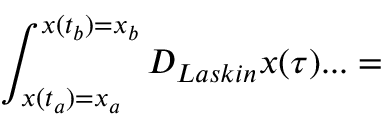
\int _ { x ( t _ { a } ) = x _ { a } } ^ { x ( t _ { b } ) = x _ { b } } { \cal D } _ { L a s k i n } x ( \tau ) . . . =